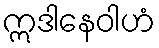
ဣဒါနေဝါဟံ